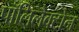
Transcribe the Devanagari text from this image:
पॉलिलैक्टोन